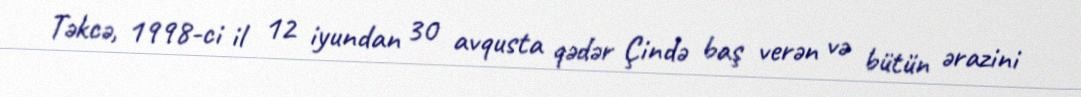
Təkcə, 1998-ci il 12 iyundan 30 avqusta qədər Çində baş verən və bütün ərazini